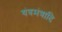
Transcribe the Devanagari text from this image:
यंत्रमंत्रादि